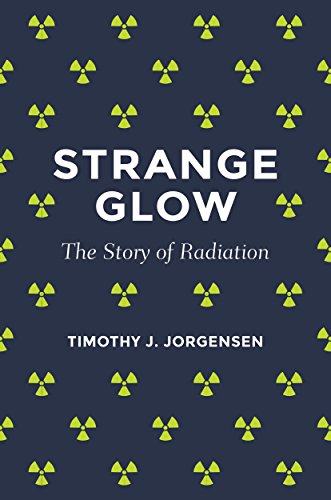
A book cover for Strange Glow: The Story of Radiation; Timothy J. Jorgensen; Science & Math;